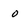
Character: 0